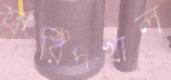
ফরিদখাল